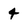
Character: 4